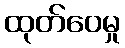
ထုတ်ဝေမှု